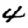
Digit: 4